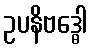
ဥပနိဗဒ္ဓေါ